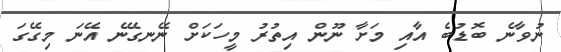
ނުވާނެ ބޮޑުބެ އާއި މަށާ ނޫން އިތުރު މީހަކަށް ނޭނގޭނެ އޭނަ މިގޭގަ